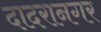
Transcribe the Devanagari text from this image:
दादरानगर